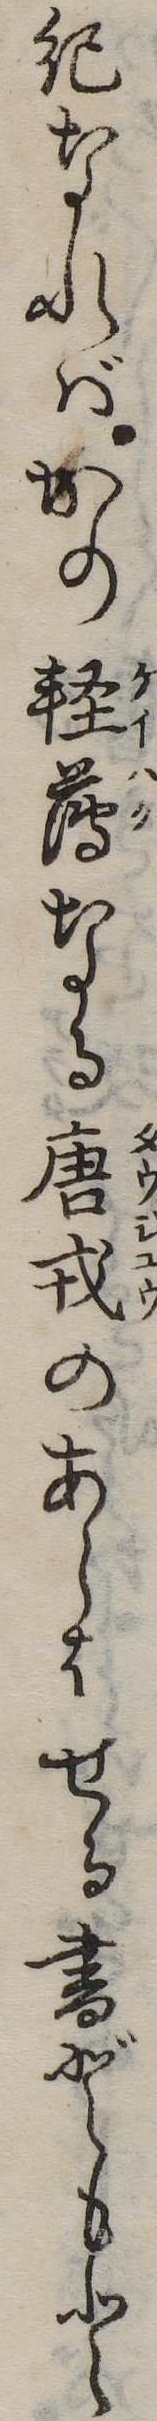
紀なればかの軽薄なる唐戎のあらはせる書どもと